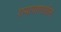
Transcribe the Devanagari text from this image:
रामायाणातील